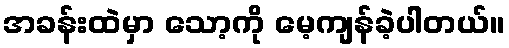
အခန်းထဲမှာ သော့ကို မေ့ကျန်ခဲ့ပါတယ်။